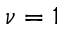
\nu = 1